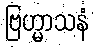
ဗြဟ္မာသနံ